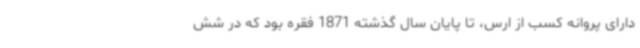
دارای پروانه کسب از ارس، تا پایان سال گذشته 1871 فقره بود که در شش